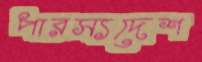
পারস্যদেশ